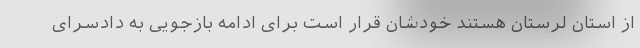
از استان لرستان هستند خودشان قرار است برای ادامه بازجویی به دادسرای